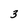
Character: 3